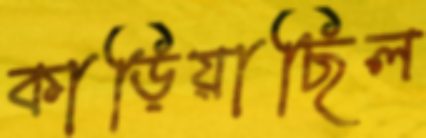
কাড়িয়াছিল